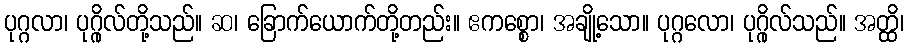
ပုဂ္ဂလာ၊ ပုဂ္ဂိုလ်တို့သည်။ ဆ၊ ခြောက်ယောက်တို့တည်း။ ဧကစ္စော၊ အချို့သော။ ပုဂ္ဂလော၊ ပုဂ္ဂိုလ်သည်။ အတ္ထိ၊